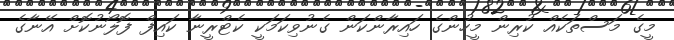
މީގެ މަސްތަކެއް ކުރިން މީހުންގެ ހައިރާންކަން ގެނުވިކަމަކީ ކެޓްރީނާ ކައިފް ފޮލޯނުކޮށް އޭނާގެ